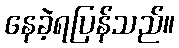
နေခဲ့ရပြန်သည်။